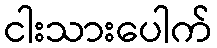
ငါးသားပေါက်